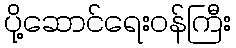
ပို့ဆောင်ရေးဝန်ကြီး